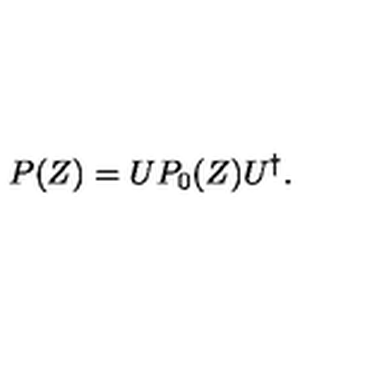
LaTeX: P ( Z ) = U P _ { 0 } ( Z ) U ^ { \dag } .